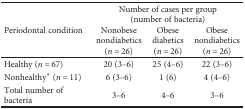
<table><thead><tr><td rowspan="2"><b>Periodontal condition</b></td><td colspan="3"><b>Number of cases per group (number of bacteria)</b></td></tr><tr><td><b>Nonobese nondiabetics (<i>n</i> = 26)</b></td><td><b>Obese diabetics (<i>n</i> = 26)</b></td><td><b>Obese nondiabetics (<i>n</i> = 26)</b></td></tr></thead><tbody><tr><td>Healthy (<i>n</i> = 67)</td><td>20 (3–6)</td><td>25 (4–6)</td><td>22 (3–6)</td></tr><tr><td>Nonhealthy<sup>∗</sup> (<i>n</i> = 11)</td><td>6 (3–6)</td><td>1 (6)</td><td>4 (4–6)</td></tr><tr><td>Total number of bacteria</td><td>3–6</td><td>4–6</td><td>3–6</td></tr></tbody></table>